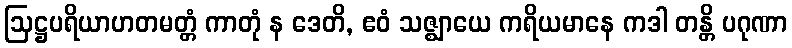
ဩဋ္ဌပရိယာဟတမတ္တံ ကာတုံ န ဒေတိ, ဧဝံ သဇ္ဈာယေ ကရိယမာနေ ကဒါ တန္တိ ပဂုဏာ